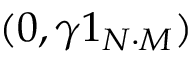
( 0 , \gamma 1 _ { N \cdot M } )